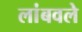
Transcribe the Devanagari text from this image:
लांबवले